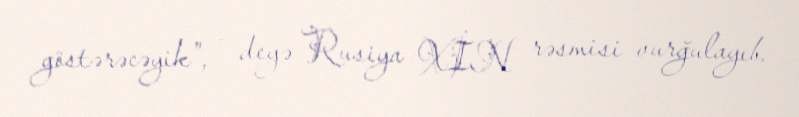
göstərəcəyik”, - deyə Rusiya XİN rəsmisi vurğulayıb.